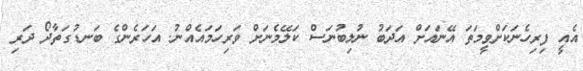
އެއީ ފިރިހެނަކަށްވީމަތަ އޭނަައަށް އަދަބު ނުލިބުނަސް ކަލޭމެނަށް ވަރިހަމައެއްނު. އަހަރެންގެ ބަނޑުގަތާދޯ ދަރި